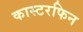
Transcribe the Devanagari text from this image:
कास्टरफिन